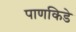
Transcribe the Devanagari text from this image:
पाणकिडे